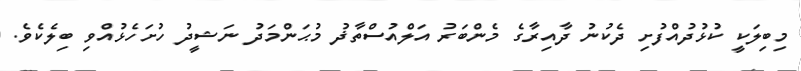
މިބިލަކީ ކުޅުދުއްފުށި ދެކުނު ދާއިރާގެ މެންބަރު އަލްއުސްތާޛު މުޙަންމަދު ނަޝީދު ހުށަހެޅުއްވި ބިލެކެވެ.